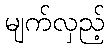
မျက်လှည့်